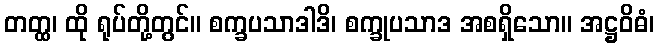
တတ္ထ၊ ထို ရုပ်တို့တွင်။ စက္ခပသာဒါဒိ၊ စက္ခုပသာဒ အစရှိသော။ အဋ္ဌဝိဓံ၊